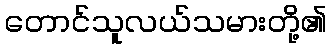
တောင်သူလယ်သမားတို့၏